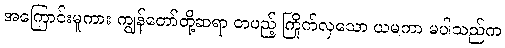
အကြောင်းမူကား ကျွန်တော်တို့ဆရာ တပည့် ကြိုက်လှသော ယမကာ မပါသည်က